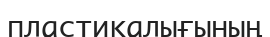
пластикалығының